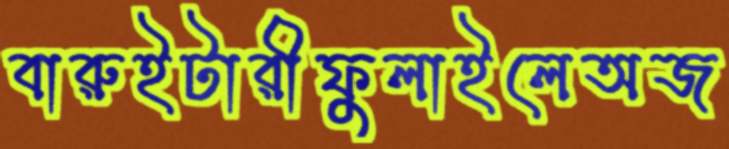
বারুইটারীফুলাইলেঅজ